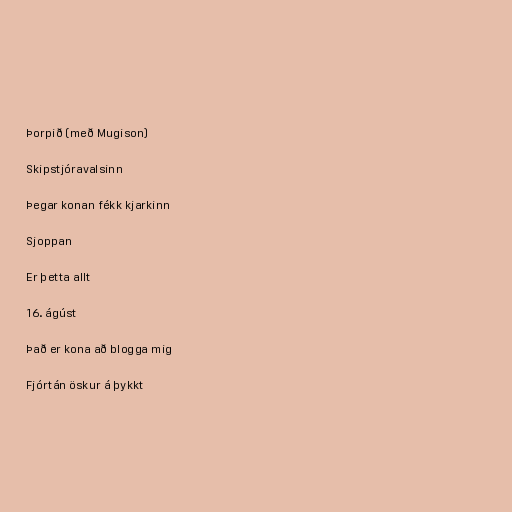
Þorpið (með Mugison)

Skipstjóravalsinn

Þegar konan fékk kjarkinn

Sjoppan

Er þetta allt

16. ágúst

Það er kona að blogga mig

Fjórtán öskur á þykkt